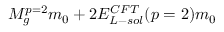
{ { M _ { g } ^ { p = 2 } } \o { m _ { 0 } } } + 2 { { E _ { L - s o l } ^ { C F T } ( p = 2 ) } \o { m _ { 0 } } }